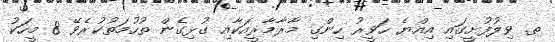
ތ. ވިލުފުށީގައި އިއްޔެ ހަވީރު ހިންގި މާރާމާރީއަކާއި ގުޅިގެން ތުހުމަތުކުރެވޭ 8 މީހަކު